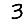
Digit: 3